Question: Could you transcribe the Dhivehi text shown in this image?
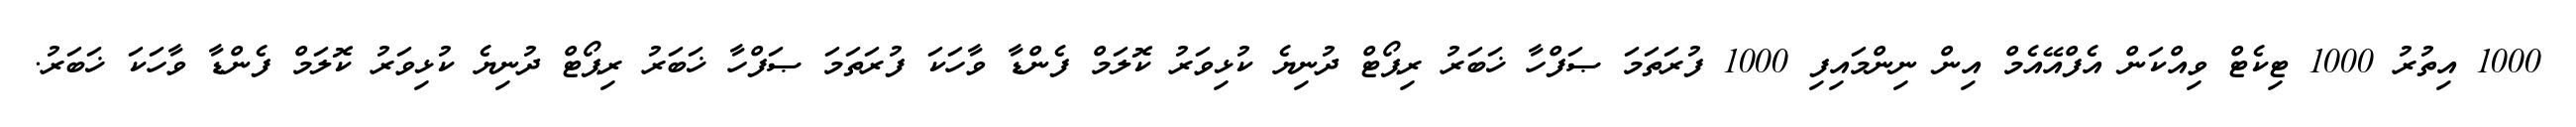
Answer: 1000 އިތުރު 1000 ޓިކެޓް ވިއްކަން އެފްއޭއެމް އިން ނިންމައިފި 1000 ފުރަތަމަ ޞަފްހާ ޚަބަރު ރިޕޯޓް ދުނިޔެ ކުޅިވަރު ކޮލަމް ފެންޑާ ވާހަކަ ފުރަތަމަ ޞަފްހާ ޚަބަރު ރިޕޯޓް ދުނިޔެ ކުޅިވަރު ކޮލަމް ފެންޑާ ވާހަކަ ޚަބަރު.